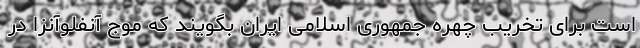
است برای تخریب چهره جمهوری اسلامی ایران بگویند که موج آنفلوآنزا در